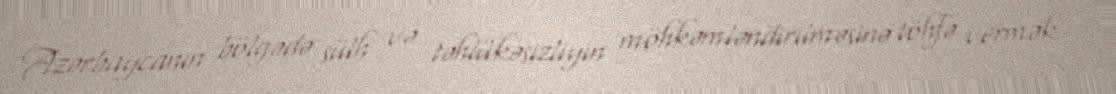
Azərbaycanın bölgədə sülh və təhlükəsizliyin möhkəmləndirilməsinə töhfə vermək